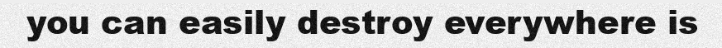
you can easily destroy everywhere is